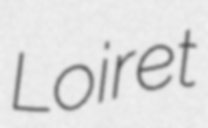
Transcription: Loiret